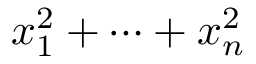
x _ { 1 } ^ { 2 } + \cdots + x _ { n } ^ { 2 }